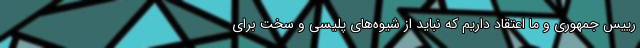
رییس جمهوری و ما اعتقاد داریم که نباید از شیوه‌های پلیسی و سخت برای